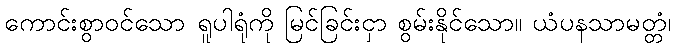
ကောင်းစွာဝင်သော ရူပါရုံကို မြင်ခြင်းငှာ စွမ်းနိုင်သော။ ယံပနသာမတ္တံ၊